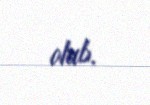
olub.